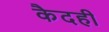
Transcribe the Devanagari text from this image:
कैदही